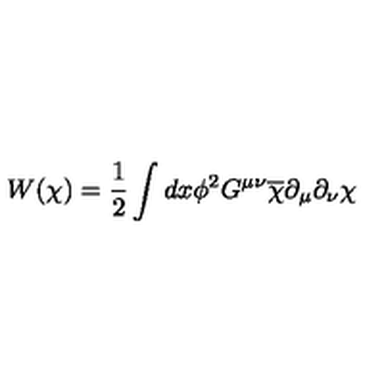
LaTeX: W ( \chi ) = \frac { 1 } { 2 } \int d x \phi ^ { 2 } G ^ { \mu \nu } \overline { { \chi } } \partial _ { \mu } \partial _ { \nu } \chi